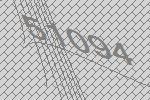
51094